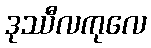
ဒုဿီလကုလေ